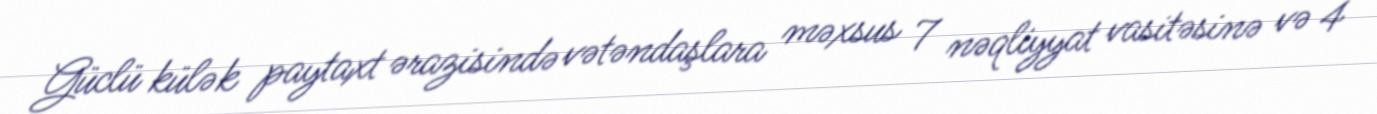
Güclü külək paytaxt ərazisində vətəndaşlara məxsus 7 nəqliyyat vasitəsinə və 4